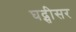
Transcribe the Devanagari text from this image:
घद्सीसर